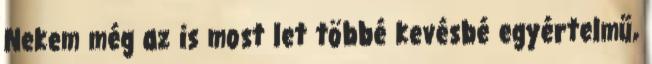
Nekem még az is most let többé kevésbé egyértelmű,